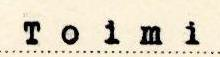
Toimi